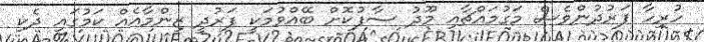
ހުރިހާ ފަރުދުންވެސް މަގުމައްޗާއި މޫދު ސާފުކޮށް ބޭއްވުމަކީ ފަރުދީ ޒިންމާއެއް ކަމުގައި ދެކި